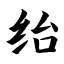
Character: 绐